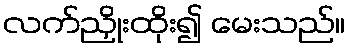
လက်ညှိုးထိုး၍ မေးသည်။